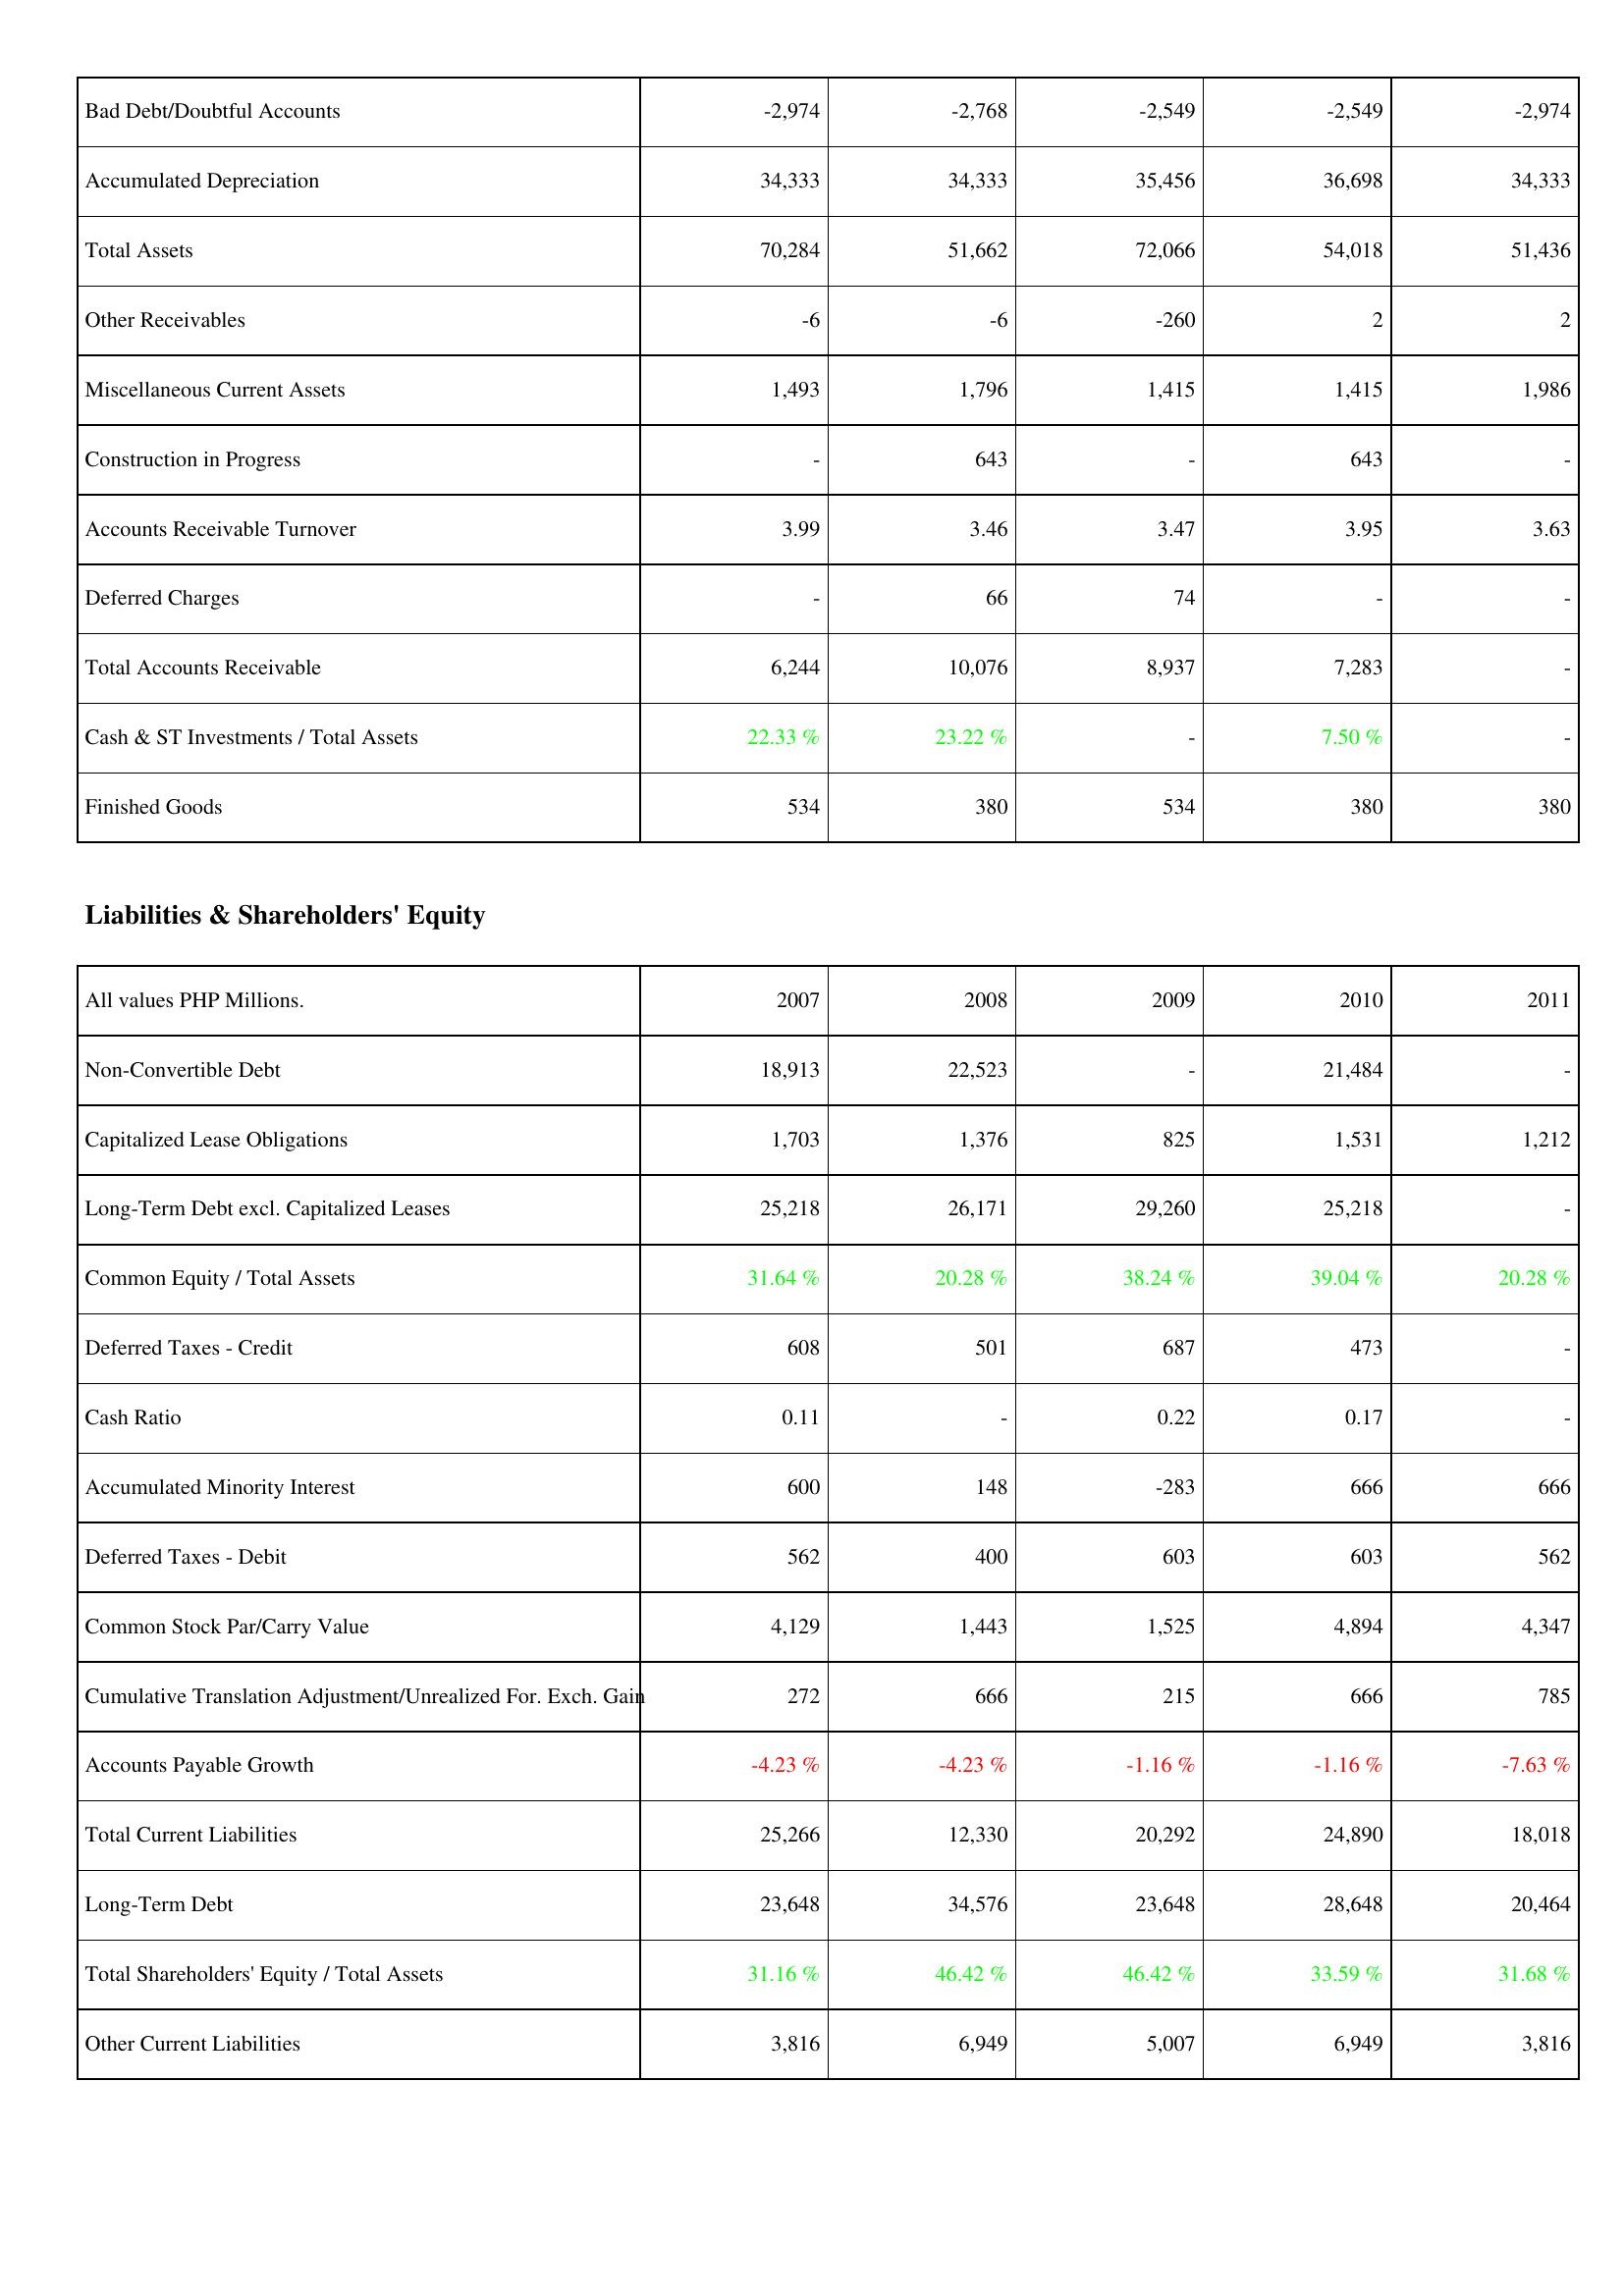
2007: Assets: Bad Debt/Doubtful Accounts: -2,974
Accumulated Depreciation: 34,333
Total Assets: 70,284
Other Receivables: -6
Miscellaneous Current Assets: 1,493
Construction in Progress: -
Accounts Receivable Turnover: 3.99
Deferred Charges: -
Total Accounts Receivable: 6,244
Cash & ST Investments / Total Assets: 22.33 %
Finished Goods: 534
Liabilities & Shareholders' Equity: Non-Convertible Debt: 18,913
Capitalized Lease Obligations: 1,703
Long-Term Debt excl. Capitalized Leases: 25,218
Common Equity / Total Assets: 31.64 %
Deferred Taxes - Credit: 608
Cash Ratio: 0.11
Accumulated Minority Interest: 600
Deferred Taxes - Debit: 562
Common Stock Par/Carry Value: 4,129
Cumulative Translation Adjustment/Unrealized For. Exch. Gain: 272
Accounts Payable Growth: -4.23 %
Total Current Liabilities: 25,266
Long-Term Debt: 23,648
Total Shareholders' Equity / Total Assets: 31.16 %
Other Current Liabilities: 3,816
2008: Assets: Bad Debt/Doubtful Accounts: -2,768
Accumulated Depreciation: 34,333
Total Assets: 51,662
Other Receivables: -6
Miscellaneous Current Assets: 1,796
Construction in Progress: 643
Accounts Receivable Turnover: 3.46
Deferred Charges: 66
Total Accounts Receivable: 10,076
Cash & ST Investments / Total Assets: 23.22 %
Finished Goods: 380
Liabilities & Shareholders' Equity: Non-Convertible Debt: 22,523
Capitalized Lease Obligations: 1,376
Long-Term Debt excl. Capitalized Leases: 26,171
Common Equity / Total Assets: 20.28 %
Deferred Taxes - Credit: 501
Cash Ratio: -
Accumulated Minority Interest: 148
Deferred Taxes - Debit: 400
Common Stock Par/Carry Value: 1,443
Cumulative Translation Adjustment/Unrealized For. Exch. Gain: 666
Accounts Payable Growth: -4.23 %
Total Current Liabilities: 12,330
Long-Term Debt: 34,576
Total Shareholders' Equity / Total Assets: 46.42 %
Other Current Liabilities: 6,949
2009: Assets: Bad Debt/Doubtful Accounts: -2,549
Accumulated Depreciation: 35,456
Total Assets: 72,066
Other Receivables: -260
Miscellaneous Current Assets: 1,415
Construction in Progress: -
Accounts Receivable Turnover: 3.47
Deferred Charges: 74
Total Accounts Receivable: 8,937
Cash & ST Investments / Total Assets: -
Finished Goods: 534
Liabilities & Shareholders' Equity: Non-Convertible Debt: -
Capitalized Lease Obligations: 825
Long-Term Debt excl. Capitalized Leases: 29,260
Common Equity / Total Assets: 38.24 %
Deferred Taxes - Credit: 687
Cash Ratio: 0.22
Accumulated Minority Interest: -283
Deferred Taxes - Debit: 603
Common Stock Par/Carry Value: 1,525
Cumulative Translation Adjustment/Unrealized For. Exch. Gain: 215
Accounts Payable Growth: -1.16 %
Total Current Liabilities: 20,292
Long-Term Debt: 23,648
Total Shareholders' Equity / Total Assets: 46.42 %
Other Current Liabilities: 5,007
2010: Assets: Bad Debt/Doubtful Accounts: -2,549
Accumulated Depreciation: 36,698
Total Assets: 54,018
Other Receivables: 2
Miscellaneous Current Assets: 1,415
Construction in Progress: 643
Accounts Receivable Turnover: 3.95
Deferred Charges: -
Total Accounts Receivable: 7,283
Cash & ST Investments / Total Assets: 7.50 %
Finished Goods: 380
Liabilities & Shareholders' Equity: Non-Convertible Debt: 21,484
Capitalized Lease Obligations: 1,531
Long-Term Debt excl. Capitalized Leases: 25,218
Common Equity / Total Assets: 39.04 %
Deferred Taxes - Credit: 473
Cash Ratio: 0.17
Accumulated Minority Interest: 666
Deferred Taxes - Debit: 603
Common Stock Par/Carry Value: 4,894
Cumulative Translation Adjustment/Unrealized For. Exch. Gain: 666
Accounts Payable Growth: -1.16 %
Total Current Liabilities: 24,890
Long-Term Debt: 28,648
Total Shareholders' Equity / Total Assets: 33.59 %
Other Current Liabilities: 6,949
2011: Assets: Bad Debt/Doubtful Accounts: -2,974
Accumulated Depreciation: 34,333
Total Assets: 51,436
Other Receivables: 2
Miscellaneous Current Assets: 1,986
Construction in Progress: -
Accounts Receivable Turnover: 3.63
Deferred Charges: -
Total Accounts Receivable: -
Cash & ST Investments / Total Assets: -
Finished Goods: 380
Liabilities & Shareholders' Equity: Non-Convertible Debt: -
Capitalized Lease Obligations: 1,212
Long-Term Debt excl. Capitalized Leases: -
Common Equity / Total Assets: 20.28 %
Deferred Taxes - Credit: -
Cash Ratio: -
Accumulated Minority Interest: 666
Deferred Taxes - Debit: 562
Common Stock Par/Carry Value: 4,347
Cumulative Translation Adjustment/Unrealized For. Exch. Gain: 785
Accounts Payable Growth: -7.63 %
Total Current Liabilities: 18,018
Long-Term Debt: 20,464
Total Shareholders' Equity / Total Assets: 31.68 %
Other Current Liabilities: 3,816